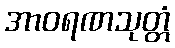
အာဝရဏသုတ္တံ